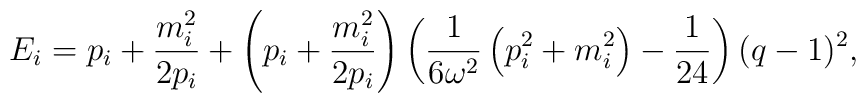
E_i=p_i+\frac{m_i^2}{2p_i}+\left(p_i+\frac{m_i^2}{2p_i}\right)\left(\frac{1}{6\omega^2}\left(p_i^2+m_i^2\right)-\frac{1}{24}\right)(q-1)^2,